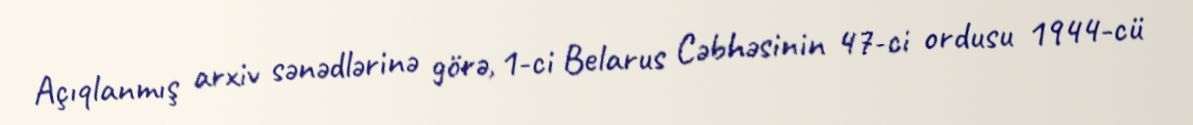
Açıqlanmış arxiv sənədlərinə görə, 1-ci Belarus Cəbhəsinin 47-ci ordusu 1944-cü